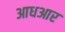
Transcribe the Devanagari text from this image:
आधआर